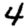
Digit: 4